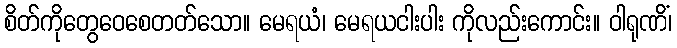
စိတ်ကိုတွေဝေစေတတ်သော။ မေရယံ၊ မေရယငါးပါး ကိုလည်းကောင်း။ ဝါရုဏိံ၊